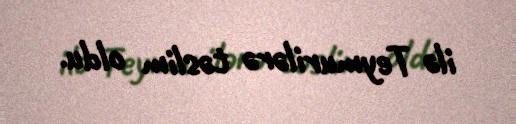
ilə Teymurilərə təslim oldu.